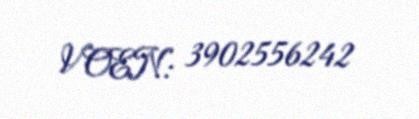
VOEN: 3902556242